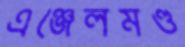
এঞ্জেলমণ্ড